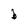
Character: b